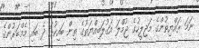
ނަމަ ރައްޔިތުންގެ މަޖިލީހުގެ ޖުމްލަ އަގުލަބިއްޔަތުގެ ތިން ބައިކުޅަ ދެ ބައި މެމްބަރުންގެ